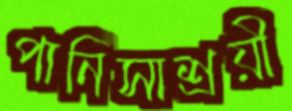
পানিসাশ্রয়ী